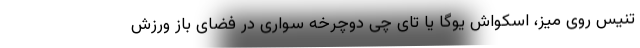
تنیس روی میز، اسکواش یوگا یا تای چی دوچرخه سواری در فضای باز ورزش